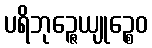
ပရိဘုဉ္ဇေယျုဉ္စေဝ